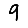
Digit: 9